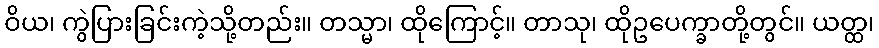
ဝိယ၊ ကွဲပြားခြင်းကဲ့သို့တည်း။ တသ္မာ၊ ထိုကြောင့်။ တာသု၊ ထိုဥပေက္ခာတို့တွင်။ ယတ္ထ၊